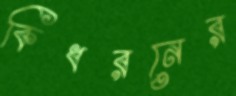
কিধরনের